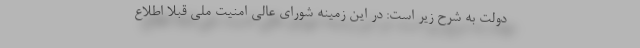
دولت به شرح زیر است: در این زمینه شورای عالی امنیت ملی قبلا اطلاع